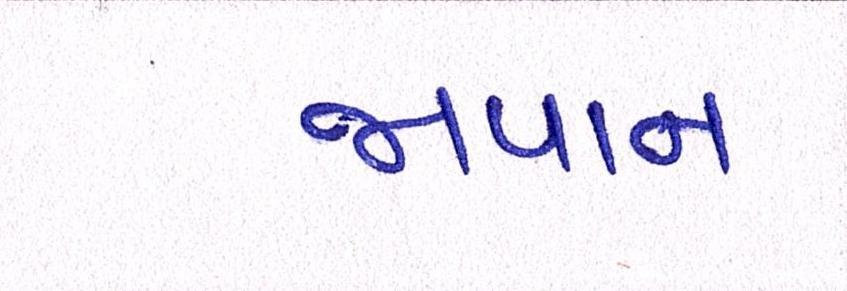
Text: જાપાનઃ